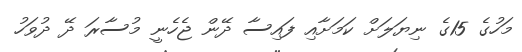
މަހުގެ 15ގެ ނިޔަލަށް ކަމަށާއި ފައިސާ ދޭން ޖެހެނީ މުސާރަ ދޭ ދުވަހު